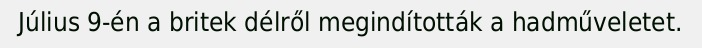
Július 9-én a britek délről megindították a hadműveletet.